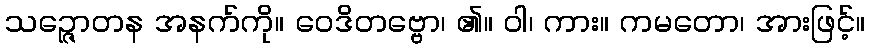
သဉ္ဇောတန အနက်ကို။ ဝေဒိတဗ္ဗော၊ ၏။ ဝါ၊ ကား။ ကမတော၊ အားဖြင့်။